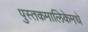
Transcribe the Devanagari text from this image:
पुस्तकमालिकेमधे